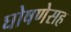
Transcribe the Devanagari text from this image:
घोषणेसह